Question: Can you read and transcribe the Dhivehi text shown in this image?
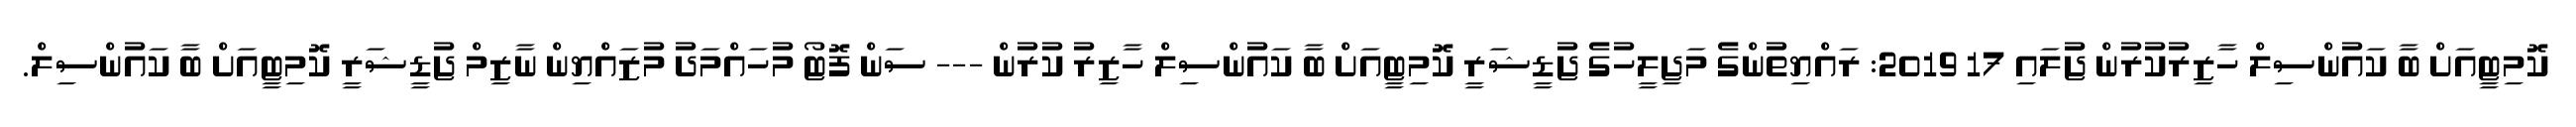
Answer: ކޮމިޓީއަށް ބާ ކައުންސިލް ހާޒިރުކުރުން ޖުަލައި 17 2019: ރައްޔިތުންގެ މަޖިލީހުގެ ޖުޑީޝަރީ ކޮމިޓީއަށް ބާ ކައުންސިލް ހާޒިރު ކުރުން --- ސަން ފޮޓޯ މުހައްމަދު މުޒައްޔިން ނާޒިމް ޖުޑީޝަރީ ކޮމިޓީއަށް ބާ ކައުންސިލް.